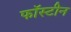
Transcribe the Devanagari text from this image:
फॉस्टीन